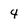
Character: 4